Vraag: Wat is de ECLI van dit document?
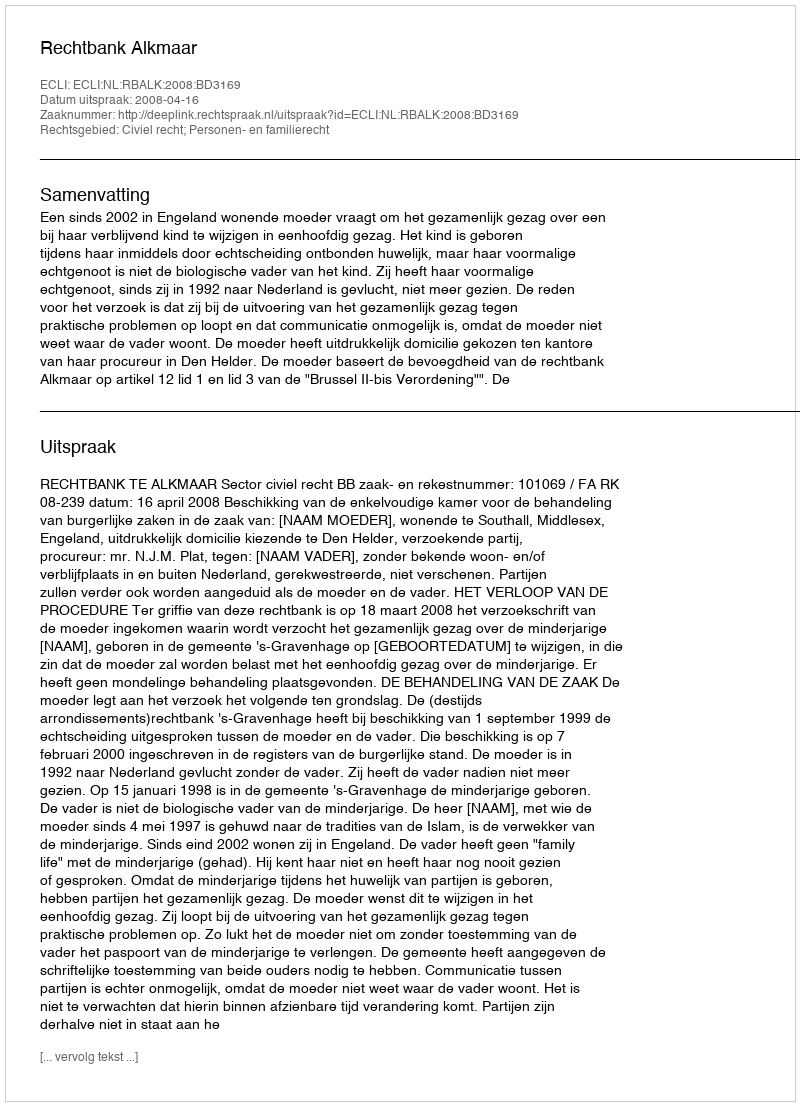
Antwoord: ECLI:NL:RBALK:2008:BD3169